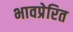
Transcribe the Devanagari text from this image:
भावप्रेरित